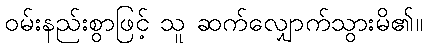
ဝမ်းနည်းစွာဖြင့် သူ ဆက်လျှောက်သွားမိ၏။